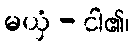
မယှံ - ငါ၏၊